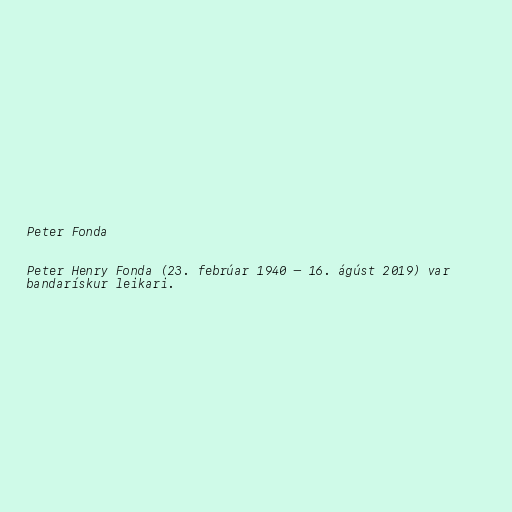
Peter Fonda

Peter Henry Fonda (23. febrúar 1940 – 16. ágúst 2019) var
bandarískur leikari.